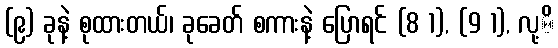
(၉) ခုနဲ့ စုထားတယ်၊ ခုခေတ် စကားနဲ့ ပြောရင် (8 1), (9 1), လု့ိ